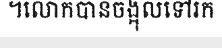
។លោកបានចង្អុលទៅរក